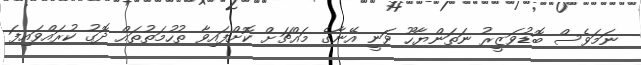
ނަމަވެސް ބޮޑުވަޒީރު ނަތަންޔާހޫ ވަނީ އޭނާގެ މައްޗަށް ކޮށްފައިވާ ތުހުމަތުތައް ދޮގު ކުރައްވައިފަ